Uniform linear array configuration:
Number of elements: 16
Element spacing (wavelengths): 0.75
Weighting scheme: hann
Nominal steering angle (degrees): -45
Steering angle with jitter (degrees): -43.261
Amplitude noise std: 0.05
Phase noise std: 0.05

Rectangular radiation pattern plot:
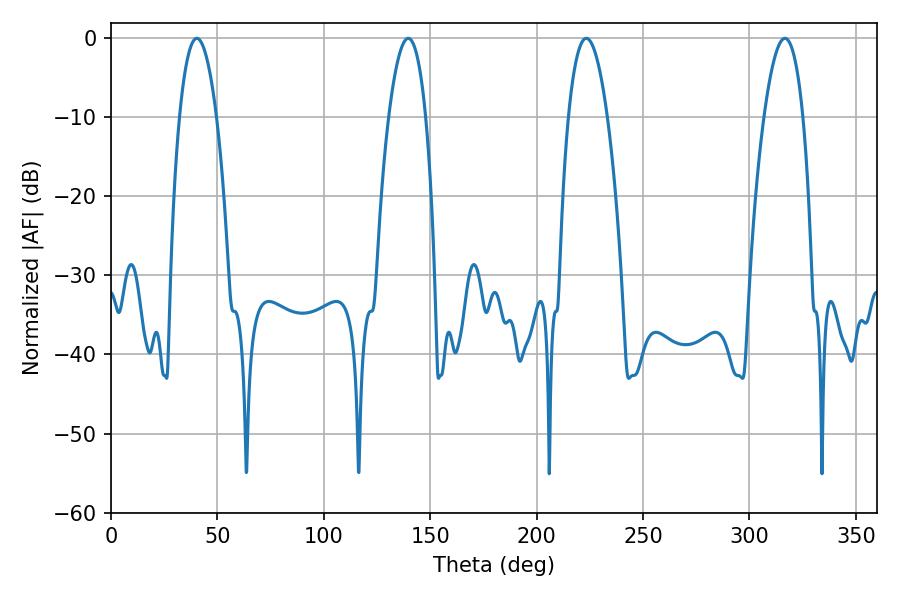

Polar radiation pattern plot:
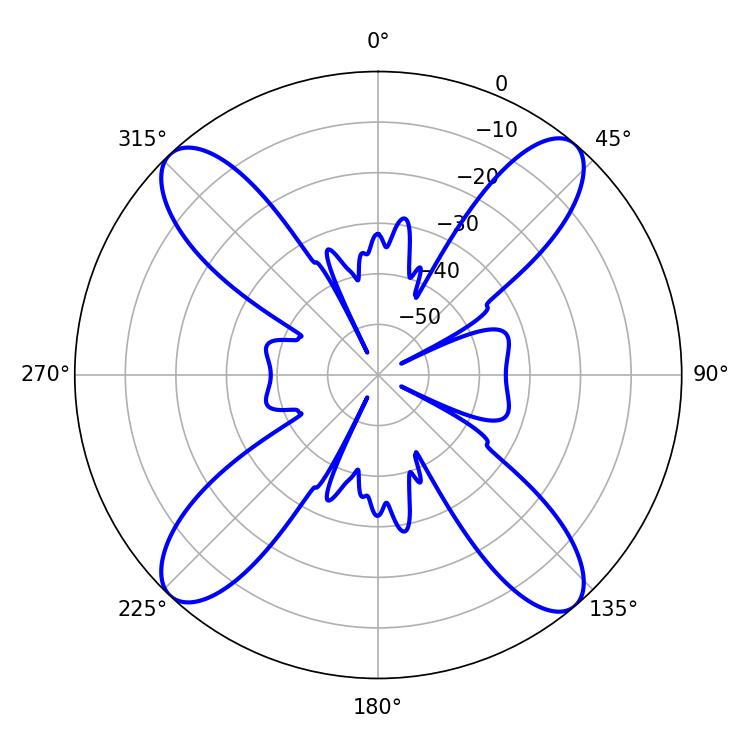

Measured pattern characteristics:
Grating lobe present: TRUE
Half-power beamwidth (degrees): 9.72
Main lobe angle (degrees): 40.32